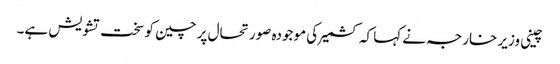
چینی وزیر خارجہ نے کہا کہ کشمیر کی موجودہ صورتحال پر چین کو سخت تشویش ہے۔